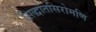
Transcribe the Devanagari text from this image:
सिद्धांतसिरोमणि